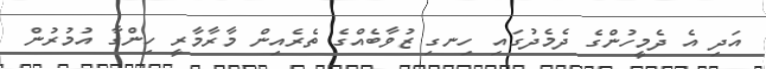
އަދި އެ ދެމީހުންގެ ދެމެދުގައި ހިނގި ޒުވާބެއްގެ ތެރެއިން މާރާމާރީ ހިންގާ އުމުރުން